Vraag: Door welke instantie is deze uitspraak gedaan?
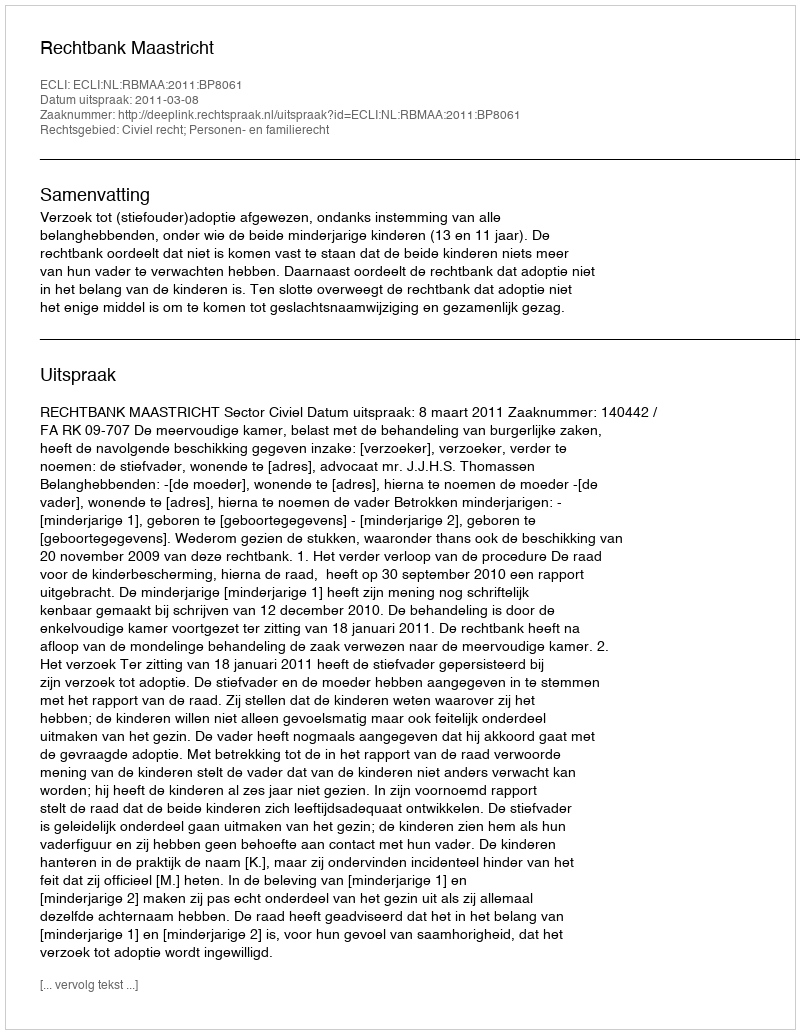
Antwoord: Rechtbank Maastricht